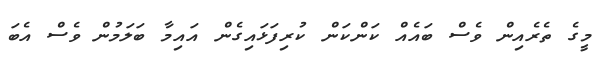
މީގެ ތެރެއިން ވެސް ބައެއް ކަންކަން ކުރިފަޅައިގެން އައިމާ ބަލަމުން ވެސް އެބަ